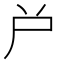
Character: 𡰤